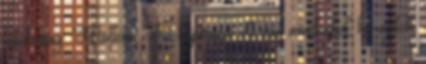
játékosság. Mottóm: Az inspiráció ott van mindenhol, ha nyitott